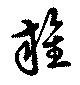
雜